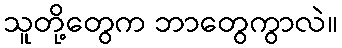
သူတို့တွေက ဘာတွေကွာလဲ။